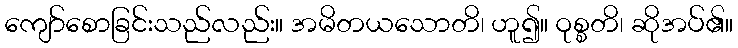
ကျော်စောခြင်းသည်လည်း။ အမိတယသောတိ၊ ဟူ၍။ ဝုစ္စတိ၊ ဆိုအပ်၏။